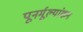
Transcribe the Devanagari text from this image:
पूनर्मूल्यांकन